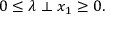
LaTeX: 0 \leq \lambda \perp x _ { 1 } \geq 0 .